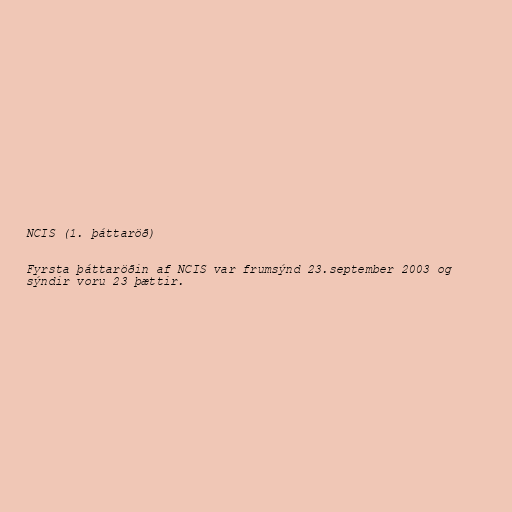
NCIS (1. þáttaröð)

Fyrsta þáttaröðin af NCIS var frumsýnd 23.september 2003 og
sýndir voru 23 þættir.